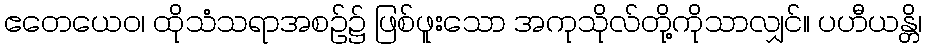
ဧတေယေဝ၊ ထိုသံသရာအစဉ်၌ ဖြစ်ဖူးသော အကုသိုလ်တို့ကိုသာလျှင်။ ပဟီယန္တိ၊